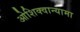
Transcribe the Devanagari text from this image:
ओशिक्वान्यामा